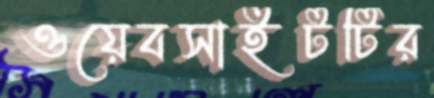
ওয়েবসাইটটির